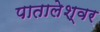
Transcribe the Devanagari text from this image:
पातालेश्‍वर